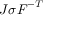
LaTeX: J { \boldsymbol { \sigma } } { \boldsymbol { F } } ^ { - T }